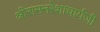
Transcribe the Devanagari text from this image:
श्रीरामनरेशाचार्यजी